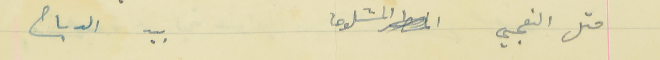
متل النعجي المشلوحا                                  بيد الدباح